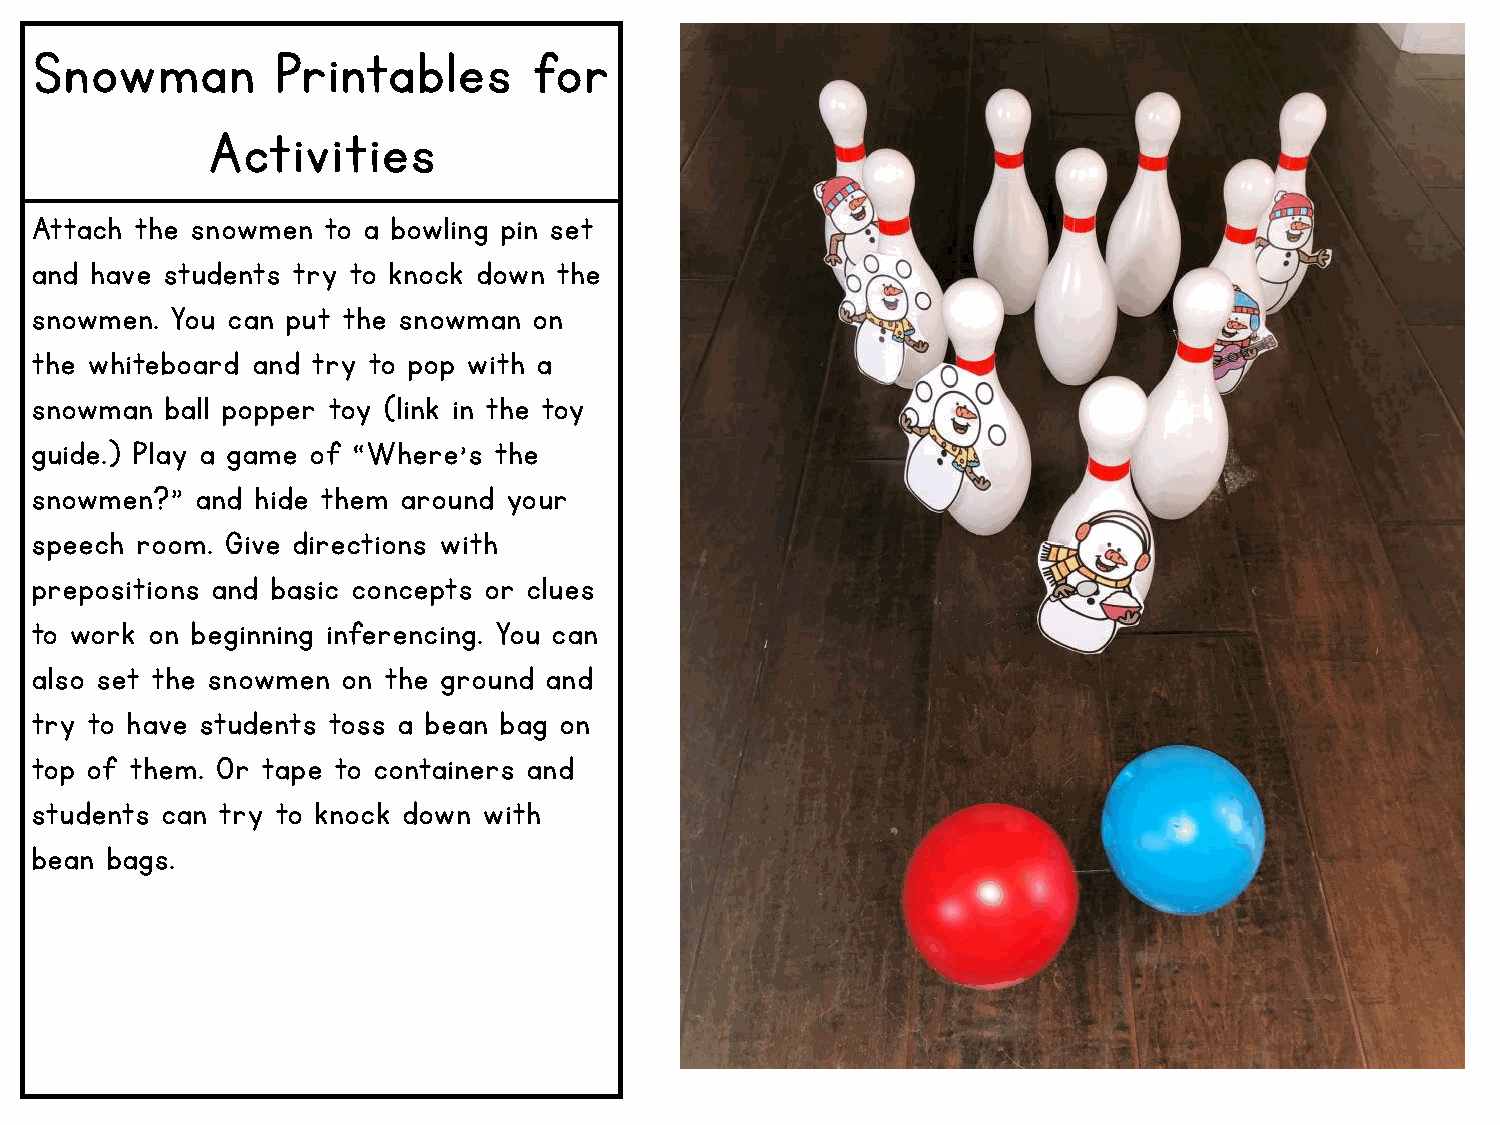
Snowman         Printables       for
 Activities
 Attach the snowmen to a bowling pin set
 and have students try to knock down the
 snowmen. You can put the snowman on
 the whiteboard and try to pop with a
 snowman  ball popper toy (link in the toy
 guide.) Play a game of “Where’s the
 snowmen?”  and hide them around your
 speech room. Give directions with
 prepositions and basic concepts or clues
 to work on beginning inferencing. You can
 also set the snowmen on the ground and
 try to have students toss a bean bag on
 top of them. Or tape to containers and
 students can try to knock down with
 bean bags.